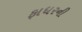
ફાધરની